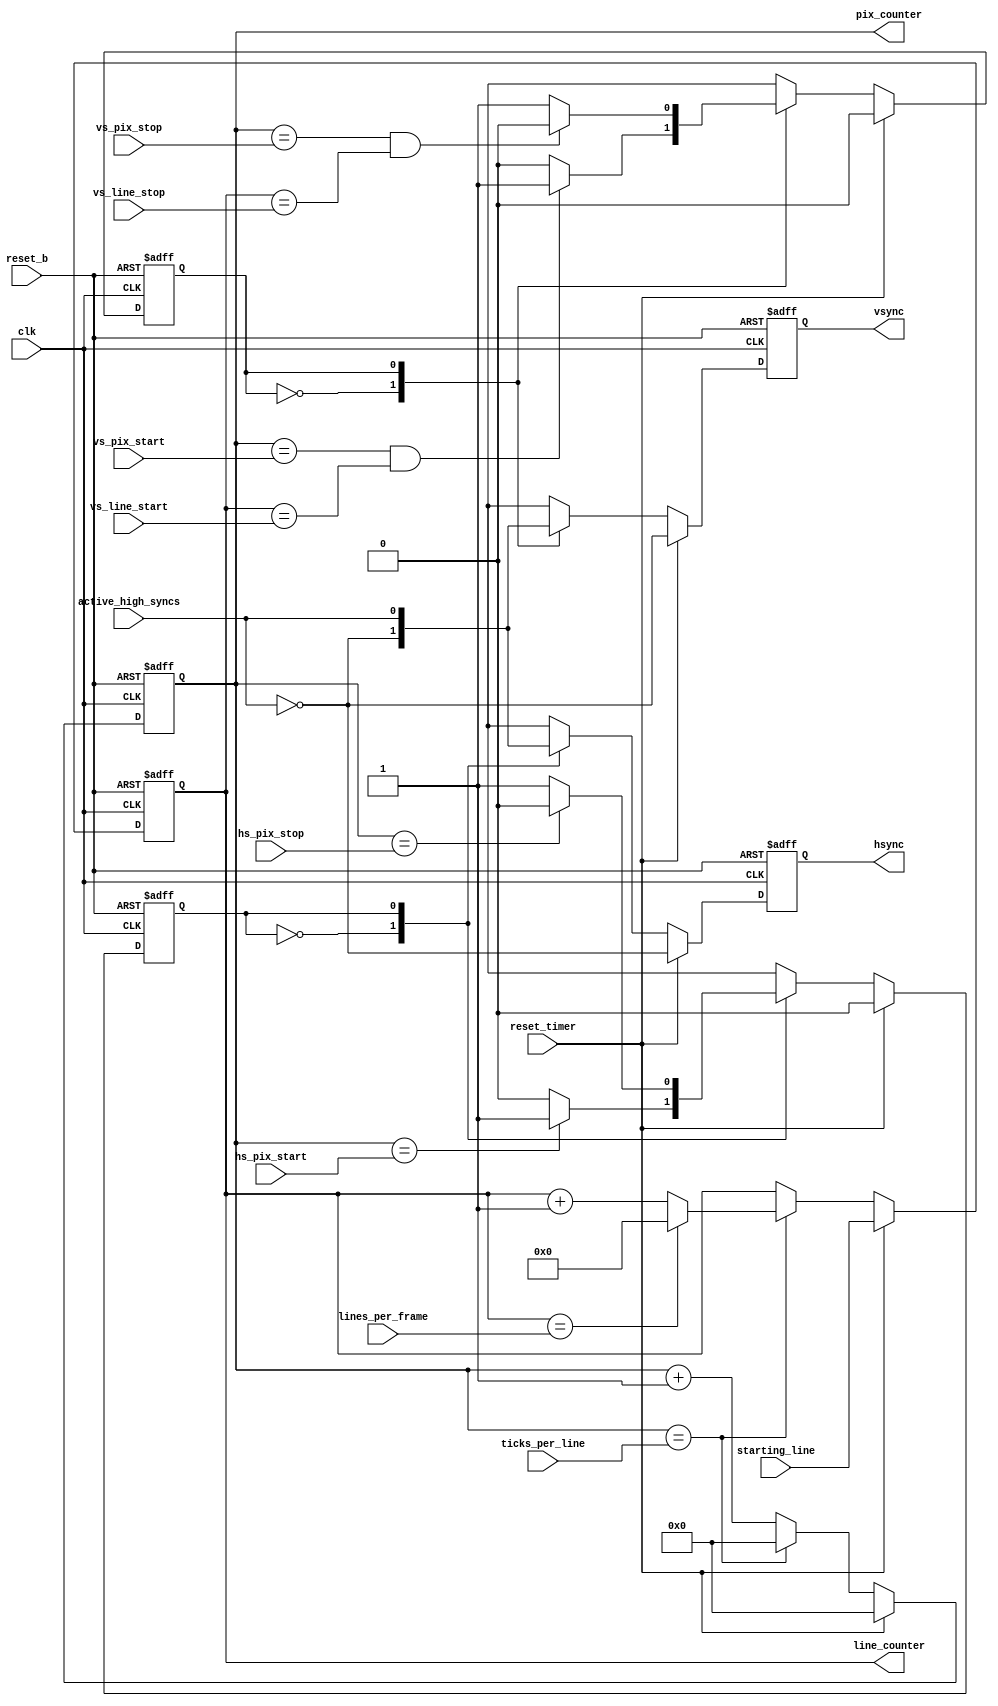
`timescale 1ns/10ps

//
// Generic video timer
// Inputs: 
//   - clk
//   - lines per frame
//   - ticks per line
//   - hs_start, hs_stop
//   - vs_start, vs_stop
//   - vs_line_start, vs_line_stop
//   - starting_line
//   - active high or low syncs
//
// Outputs:
//   - vsync
//   - hsync
//   - line_counter
//   - pix_counter
//


// hsync, vsync state machine defs
`define HS_IDLE      1'b0 
`define HS_ACTIVE    1'b1 
`define VS_IDLE      1'b0 
`define VS_ACTIVE    1'b1 
`define TICK #0

module video_timer(
		    clk,               // system clock, 27MHz
		    ticks_per_line,    // clock ticks per line
		    lines_per_frame,   // lines per video frame
		    hs_pix_start,      // offset from line start to hs start, in ticks
		    hs_pix_stop,       // offset from line start to hs stop, in ticks
		    vs_pix_start,      // offset from line start to vs start, in ticks
		    vs_pix_stop,       // offset from line start to vs stop, in ticks
		    vs_line_start,      // offset from line start to vs start, in lines
		    vs_line_stop,       // offset from line start to vs stop, in lines
		    starting_line,     // which line in frame to start from
		    active_high_syncs, // 1 = active high syncs, 0 = active low
		    vsync,         // output vsync
		    hsync,         // output hsync
		    pix_counter,   // output pix_counter
		    line_counter,  // output line_counter
 		    reset_timer,       // sync reset all state (vsync, hysnc counters, etc.)
		    reset_b            // async reset for all flops
		   );

   input 	  clk;
   input [11:0]	  ticks_per_line;
   input [9:0]	  lines_per_frame;
   input [11:0]	  hs_pix_start;
   input [11:0]	  hs_pix_stop;
   input [11:0]	  vs_pix_start;
   input [11:0]	  vs_pix_stop;
   input [9:0]	  vs_line_start;
   input [9:0]	  vs_line_stop;
   input [9:0]	  starting_line;
   input 	  active_high_syncs;
   output 	  vsync;
   output 	  hsync;
   output [11:0]  pix_counter;
   output [9:0]	  line_counter;
   input 	  reset_timer;
   input 	  reset_b;
   
   wire 	  clk;
   wire [11:0]	  ticks_per_line;
   wire [9:0]	  lines_per_frame;
   wire [11:0]	  hs_pix_start;
   wire [11:0]	  hs_pix_stop;
   wire [11:0]	  vs_pix_start;
   wire [11:0]	  vs_pix_stop;
   wire [9:0]	  vs_line_start;
   wire [9:0]	  vs_line_stop;
   wire [9:0] 	  starting_line;
   wire 	  active_high_syncs;
   reg 		  vsync;
   reg 		  hsync;
   reg [11:0] 	  pix_counter;
   reg [9:0]	  line_counter;
   wire 	  reset_timer;
   wire 	  reset_b;

   
   // Local register declarations

   // State machine registers
   reg hs_state;
   reg vs_state;
   reg next_hs_state;
   reg next_vs_state;

   // Output register next-state registers
   reg [11:0] next_pix_counter;   
   reg [9:0]  next_line_counter;  
   reg next_hsync;
   reg next_vsync;
   
   wire      hs_start;
   wire      hs_stop;
   wire      vs_start;
   wire      vs_stop;
   wire      at_vs_line_start;
   wire      at_vs_line_stop;
   //wire      end_of_frame;
   
   // Flags
   assign    hs_start = (pix_counter[11:0] == hs_pix_start);
   assign    hs_stop  = (pix_counter[11:0] == hs_pix_stop);
   assign    vs_start = (pix_counter[11:0] == vs_pix_start);
   assign    vs_stop  = (pix_counter[11:0] == vs_pix_stop);
   assign    at_vs_line_start  = (line_counter[9:0] == vs_line_start);
   assign    at_vs_line_stop  = (line_counter[9:0] == vs_line_stop);
  // assign    end_of_frame = (line_counter[9:0] == lines_per_frame);

   // Synchronous Logic
   always @(posedge clk or negedge reset_b) begin
      if(!reset_b) begin  
	 pix_counter <= `TICK 12'b0;
	 line_counter <= `TICK 10'd0;	   
	 hsync <= `TICK 1'b0;
	 vsync <= `TICK 1'b0;
	 hs_state <= `TICK `HS_IDLE;
	 vs_state <= `TICK `VS_IDLE;
      end
      else begin  // Normal operation, not RESET
	 pix_counter <= `TICK next_pix_counter;
	 line_counter <= `TICK next_line_counter;
	 hs_state <= `TICK next_hs_state;
	 vs_state <= `TICK next_vs_state;
	 hsync <= `TICK next_hsync;
	 vsync <= `TICK next_vsync;
      end // else: !if(reset)
   end // always @ (clk)

   
   // Combinational logic for pixel and line counters and sync flags.
   // After ticks_per_line pixels counted, pix_counter is reset.
   // After lines_per_frame lines are counted, the line_counter is reset.
   always @(pix_counter or line_counter or reset_timer or starting_line or
	    ticks_per_line or lines_per_frame)
     begin
	if(reset_timer) begin
	   next_pix_counter = 12'b0;
	   next_line_counter = starting_line;
	end
	else begin
	   if(pix_counter[11:0]==ticks_per_line) begin
	      next_pix_counter = 12'b0;
	      if(line_counter[9:0]==lines_per_frame) 
		next_line_counter = 10'b0;
	      else 
		next_line_counter = line_counter+1'b1;
	   end
	   else begin
	      next_pix_counter = pix_counter+1'b1;
	      next_line_counter = line_counter;
	   end
	end
     end

   // hsync generation

   always @(hs_start or hs_stop or hs_state or reset_timer or
	    active_high_syncs) begin
      if(reset_timer) begin
	next_hs_state = `HS_IDLE;
	next_hsync = ~active_high_syncs;
      end
      else begin
	 case(hs_state)	
	   `HS_IDLE:
	     begin
		if (hs_start) next_hs_state = `HS_ACTIVE;
		else          next_hs_state = `HS_IDLE;
		next_hsync = ~active_high_syncs;
	     end
	   `HS_ACTIVE:
	     begin
		if(hs_stop) next_hs_state = `HS_IDLE;
		else next_hs_state = `HS_ACTIVE;
		next_hsync = active_high_syncs;
	     end
		default:
	     begin
		if (hs_start) next_hs_state = `HS_ACTIVE;
		else          next_hs_state = `HS_IDLE;
		next_hsync = ~active_high_syncs;
	     end
	 endcase // case(hs_state)
      end
   end 

   
   // Vsync Generation
   always @(vs_start or vs_stop or vs_state or reset_timer 
	    or active_high_syncs or at_vs_line_start or 
	    at_vs_line_stop) 
     begin
	if(reset_timer) begin
	   next_vs_state = `VS_IDLE;
	   next_vsync = ~active_high_syncs;
	end
	else begin
	   case(vs_state)	
	     `VS_IDLE:
	       begin
		  next_vsync = ~active_high_syncs;
		  if(vs_start && at_vs_line_start)
		     next_vs_state = `VS_ACTIVE;
		  else 
		     next_vs_state = `VS_IDLE;
	       end

	     `VS_ACTIVE:
	       begin
		  next_vsync = active_high_syncs;
		  if(vs_stop && at_vs_line_stop) next_vs_state = `VS_IDLE;
		  else next_vs_state = `VS_ACTIVE;
	       end
		 default:
	         begin
    		    next_vsync = ~active_high_syncs;
		    if(vs_start && at_vs_line_start)
		      next_vs_state = `VS_ACTIVE;
		    else 
		    next_vs_state = `VS_IDLE;
	     end
	 endcase // case(vs_state)
	end 
     end // always @ (vs_start or vs_stop or vs_state ...
   
endmodule // video_timer